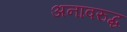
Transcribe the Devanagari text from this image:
अनावरुद्ध